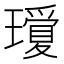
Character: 𤪞